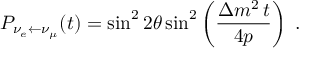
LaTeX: P _ { \nu _ { e } \leftarrow \nu _ { \mu } } ( t ) = \sin ^ { 2 } 2 \theta \sin ^ { 2 } \left( \frac { \Delta m ^ { 2 } \, t } { 4 p } \right) \; .